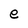
Character: e